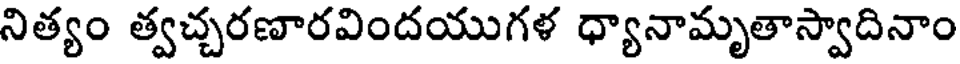
నిత్యం త్వచ్చరణారవిందయుగళ ధ్యానామృతాస్వాదినాం